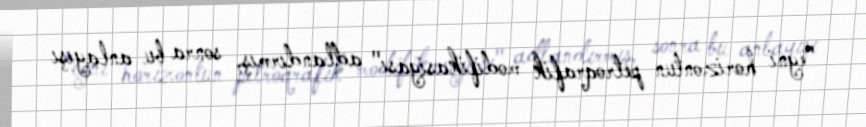
"eyni horizontun petroqrafik modifikasiyası" adlandırmış, sonra bu anlayışı